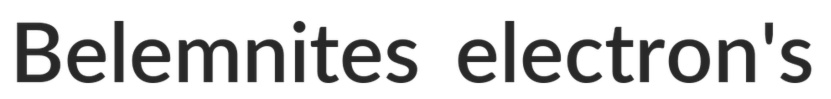
Belemnites electron's